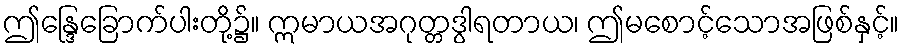
ဤန္ဒြေခြောက်ပါးတို့၌။ ဣမာယအဂုတ္တဒွါရတာယ၊ ဤမစောင့်သောအဖြစ်နှင့်။